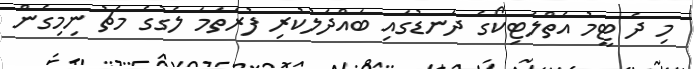
މި ދެ ޓީމު އެތްލެޓިކޯގެ ދަނޑުގައި ބައްދަލުކުރި ފުރަތަމަ ލެގުގެ މެޗު ނިމިގެން